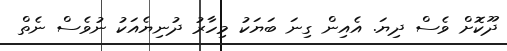
ދޫކޮށް ވެސް ދިޔަ. އެއިން ގިނަ ބަޔަކު މިހާރު ދުނިޔެއަކު ނުވެސް ނެތް